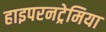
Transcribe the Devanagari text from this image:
हाइपरनट्रेमिया